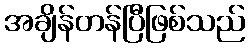
အချိန်တန်ပြီဖြစ်သည်